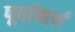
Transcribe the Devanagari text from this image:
पूर्वाचार्य